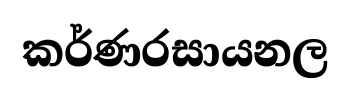
කර්ණරසායනල